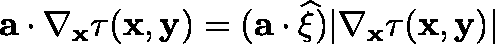
\mathbf { a } \cdot \nabla _ { \mathbf { x } } \tau ( \mathbf { x } , \mathbf { y } ) = ( \mathbf { a } \cdot \widehat { \mathbf { \xi } } ) | \nabla _ { \mathbf { x } } \tau ( \mathbf { x } , \mathbf { y } ) |